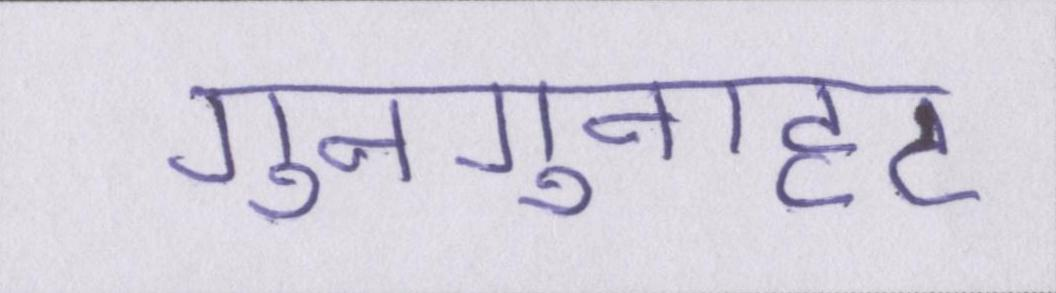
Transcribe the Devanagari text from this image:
गुनगुनाहट